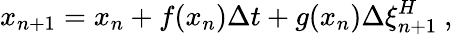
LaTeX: x_{n+1}=x_{n}+f(x_{n})\Delta t+g(x_{n})\Delta\xi_{n+1}^{H}\ ,